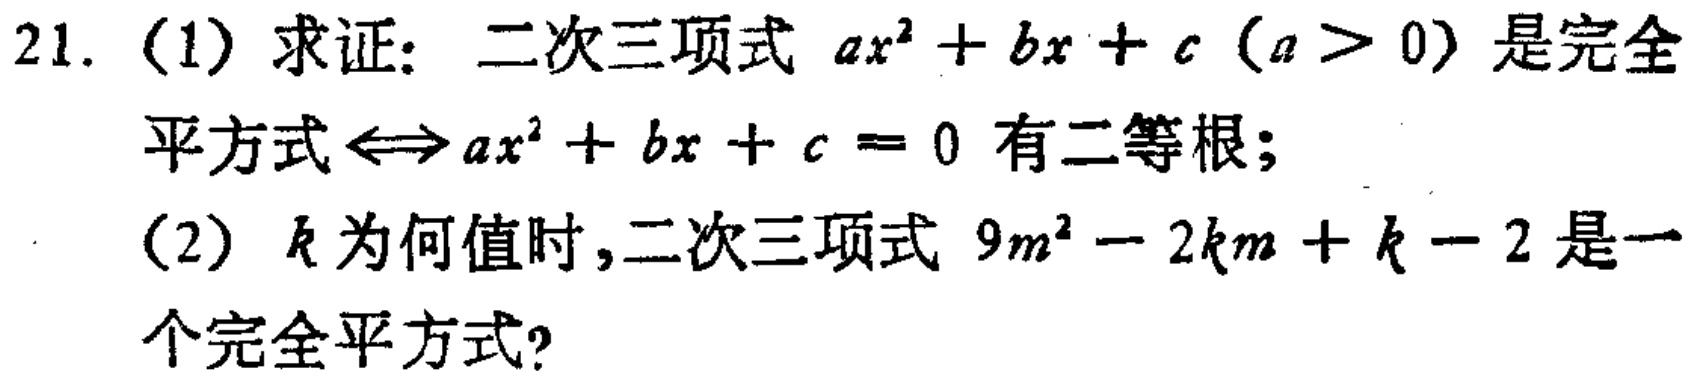
21. (1) 求证：二次三项式 \(ax^{2}+bx + c\) (\(a>0\)) 是完全平方式 \(\Leftrightarrow ax^{2}+bx + c = 0\) 有二等根；
(2) \(k\) 为何值时，二次三项式 \(9m^{2}-2km + k - 2\) 是一个完全平方式？